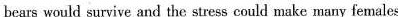
bears would survive and the stress could make many females